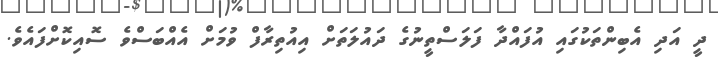
ދީ އަދި އެބިންތަކުގައި އުފައްދާ ފަލަސްތީނުގެ ދައުލަތަށް އިއުތިރާފް ވުމަށް އެއްބަސްވެ ސޮއިކޮށްފައެވެ.